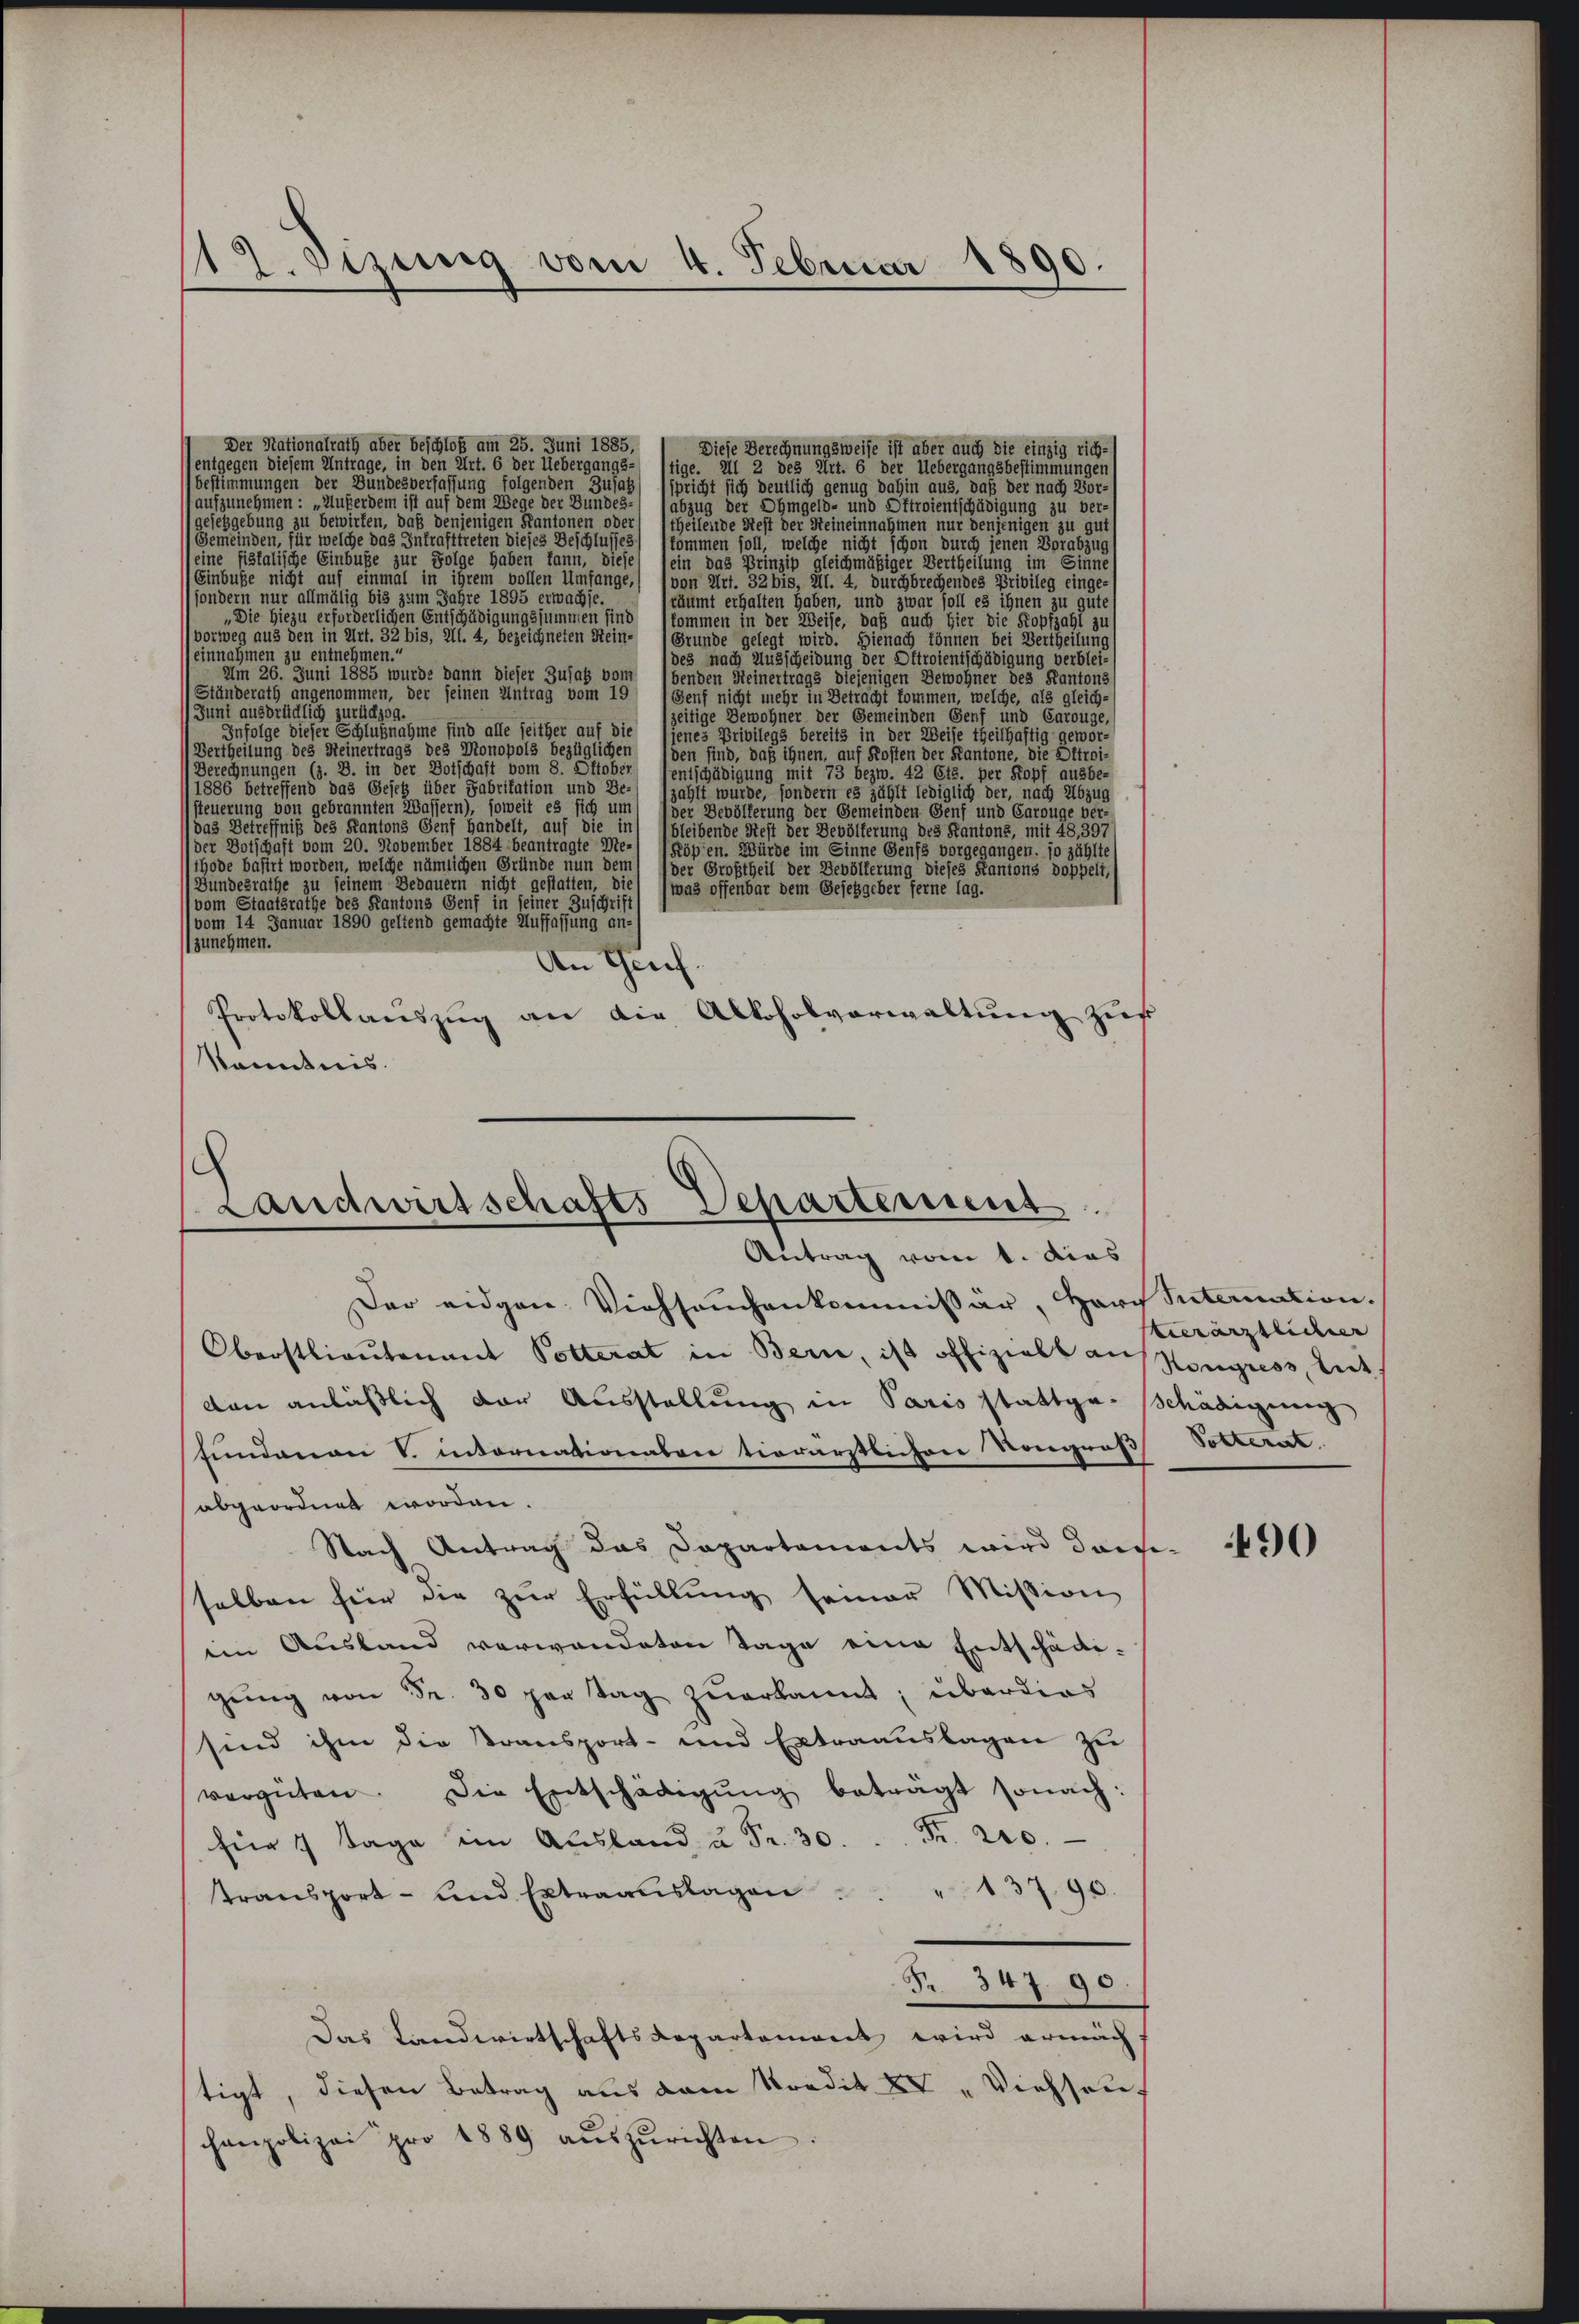
12. dirung vom 4. Februar 1890.

Der Nationalrath aber beschloß am 25. Juni 1885,
Diese Berechnungsweise ist aber auch die einzig rich-
entgegen diesem Antrage, in den Art. 6 der Uebergangs-
tige. Il 2 des Art. 6 der Uebergangsbestimmungen
(bestimmungen der Bundesverfassung folgenden Zusatz
spricht sich deutlich genug dahin aus, daß der nach Vor-
aufzunehmen: „Außerdem ist auf dem Wege der Bundes-
(abzug der Ohmgeld- und Oftroientschädigung zu ver-
gesetzgebung zu bewirten, daß denjenigen Kantonen oder
theilende Rest der Steineinnahmen nur denjenigen zu gut
Gemeinden, für welche das Inkrafttreten dieses Beschlusses) lkommen soll, welche nicht schon durch jenen Vorabzug
leine fiskalische Einbuße zur Folge haben kann, dieses
ein das Prinzip gleichmäßiger Vertheilung im Sinne
Einbuße nicht auf einmal in ihrem vollen Umfange,
von Art. 32 bis, Al. 4, durchbrechendes Privileg einge-
sondern nur allmälig bis zum Jahre 1895 erwachse.
räumt erhalten haben, und zwar soll es ihnen zu gut,
Die Hiezu erforderlichen Entschädigungssummen sind (kommen in der Weise, daß auch hier die Kopfzahl zu
vorweg aus den in Art. 32 bis, All. 4, bezeichneten Stein- (Grunde gelegt wird. Hienach können bei Vertheilung
einnahmen zu entnehmen.“
des nach Ausscheidung der Oftroientschädigung verblei¬
Am 26. Juni 1885 wurde dann dieser Zusatz vom
benden Heinertrags diejenigen Bewohner des Kantons
Ständerath angenommen, der seinen Antrag vom 19 Senf nicht mehr in Betracht kommen, welche, als gleich-
Juni ausdrücklich zurückzog.
lzeitige Bewohner der Gemeinden Genf und Carouge,
Infolge dieser Schlußnahme sind alle seither auf die
jenes Privilegs bereits in der Weise theilhaftig gewor-
Vertheilung des Heinertrags des Monopols bezüglichen (den find, daß ihnen, auf Kosten der Kantone, die Ottroi-
Berechnungen (z. B. in der Botschaft vom 8. Oktober
sentschädigung mit 73 bezw. 42 Cts. per Kopf ausbe-
1886 betreffend das Gesetz über Fabritation und Be-
(zahlt wurde, sondern es zählt lediglich der, nach Abzug
steuerung von gebrannten Wassern), soweit es sich um
der Bevölkerung der Gemeinden Genf und Caroüge ver-
das Betreffniß des Kantons Genf Handelt, auf die in
bleibende Stest der Bevölkerung des Kantons, mit 48, 397
der Botschaft vom 20. November 1884 beantragte Me-
Röpen. Würde im Sinne Genfs vorgegangen, so zählte
thode basirt worden, welche nämlichen Gründe nun dem
der Großtheil der Bevölkerung dieses Kantons doppeli,
(Bundesrathe zu seinem Bedauern nicht gestatten, die
was offenbar dem Gesetzgeber ferne Tag
vom Staatsrathe des Kantons Genf in seiner Zuschrift
(vom 14 Januar 1890 geltend gemachte Auffassung an-
zunehmen.
An Grief.
Protokollaŭszŭg an die Alkoholverwaltŭng zŭr
Kenntnis.

Landwirtschafts Separtemens.
Antrag vom 1. dies
Der eidgen Viehseuchenkommissär, Harz Suternation.

Oberstlieutenant Polterat in Bern, ist offizielt an Kongress, Ant.
ven anläßlich der Ausstellung in Paris stattge-Schädigung
fundenen V. intornationalen tierärstlichen Kongroß Volterat
abgeordnet worden.
Nach Antrag das Dapartements wird darge-
selben für die zŭr Erfüllŭng seiner Mission
im Ausland verwandeten Tage eine Entschädigŭng von Fr. 30 per Tag zuerkannt; überdies
sind ihm die Transport- und Extraauslagen zu
vergüten. Die Entschädigŭng beträgt sonach:
für 4 Tage in Aŭsland u Fr. 30.  Fr. 220.
13790.
transport- und betraauslagen
Fr. 347. 90
Das Landwirtschaftsdepartement wird ermäch
tigt, diesen Betrag aus dem Kredit XV Viehseuf
canpolizei pro 1889 aŭszŭrichten

ierärztlicher

490